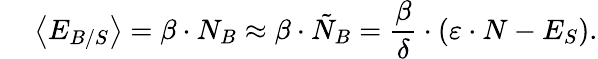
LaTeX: \quad\: \left<E_{B/S}\right>=\beta\cdot N_{B}\approx\beta\cdot\tilde{N}_{B}=\frac{\beta}{\delta}\cdot\left(\varepsilon\cdot N-E_{S}\right).